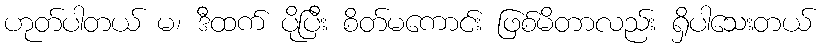
ဟုတ်ပါတယ် မ၊ ဒီထက် ပိုပြီး စိတ်မကောင်း ဖြစ်မိတာလည်း ရှိပါသေးတယ်